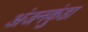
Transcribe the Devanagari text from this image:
अंजनकुंडा